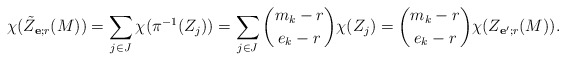
\begin{align*} \chi(\tilde Z_{\mathbf e; r}(M)) = \sum_{j\in J} \chi(\pi^{-1}(Z_j)) = \sum_{j\in J} \binom{m_k-r}{e_k-r} \chi(Z_j) = \binom{m_k-r}{e_k-r}\chi(Z_{\mathbf e'; r}(M)).\end{align*}